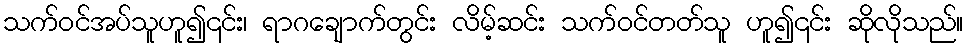
သက်ဝင်အပ်သူဟူ၍၎င်း၊ ရာဂချောက်တွင်း လိမ့်ဆင်း သက်ဝင်တတ်သူ ဟူ၍၎င်း ဆိုလိုသည်။